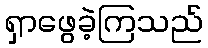
ရှာဖွေခဲ့ကြသည်